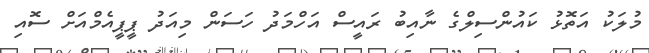
މުލަކު އަތޮޅު ކައުންސިލްގެ ނާއިބު ރައީސް އަހްމަދު ހަސަން މިއަދު ޕީޕީއެމްއަށް ސޮއި